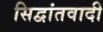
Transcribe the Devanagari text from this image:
सिद्वांतवादी